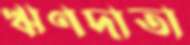
ঋণদাতা